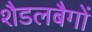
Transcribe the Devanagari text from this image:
शैडलबैगों